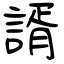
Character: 諝